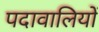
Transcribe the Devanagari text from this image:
पदावालियों